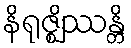
နိရုဇ္ဈိဿန္တိ